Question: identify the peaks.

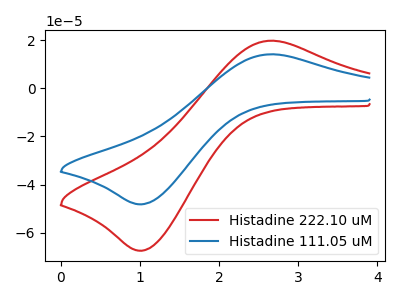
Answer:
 <answer>The red curve "Histadine 222.10 uM" has an anodic peak at (2.65V, 19.70uA) and a cathodic peak at (1.05V, -67.40uA). The blue curve "Histadine 111.05 uM" has an anodic peak at (2.65V, 14.05uA) and a cathodic peak at (1.05V, -48.15uA).</answer>
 <eval></eval>